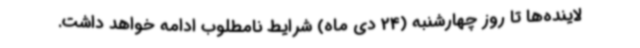
لاینده‌ها تا روز چهارشنبه (24 دی ماه) شرایط نامطلوب ادامه خواهد داشت.